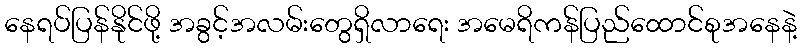
နေရပ်ပြန်နိုင်ဖို့ အခွင့်အလမ်းတွေရှိလာရေး အမေရိကန်ပြည်ထောင်စုအနေနဲ့